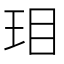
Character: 㺺